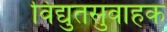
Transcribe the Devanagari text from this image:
विद्युतसुवाहक